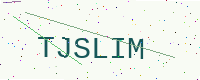
Text: TJSLIM